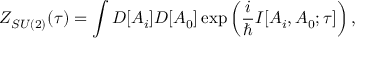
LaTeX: Z _ { S U ( 2 ) } ( \tau ) = \int D [ A _ { i } ] D [ A _ { 0 } ] \exp \left( \frac { i } { \hbar } I [ A _ { i } , A _ { 0 } ; \tau ] \right) ,